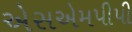
એસએમપીપી